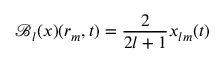
\mathcal { B } _ { l } ( x ) ( r _ { m } , t ) = \frac { 2 } { 2 l + 1 } x _ { l m } ( t )